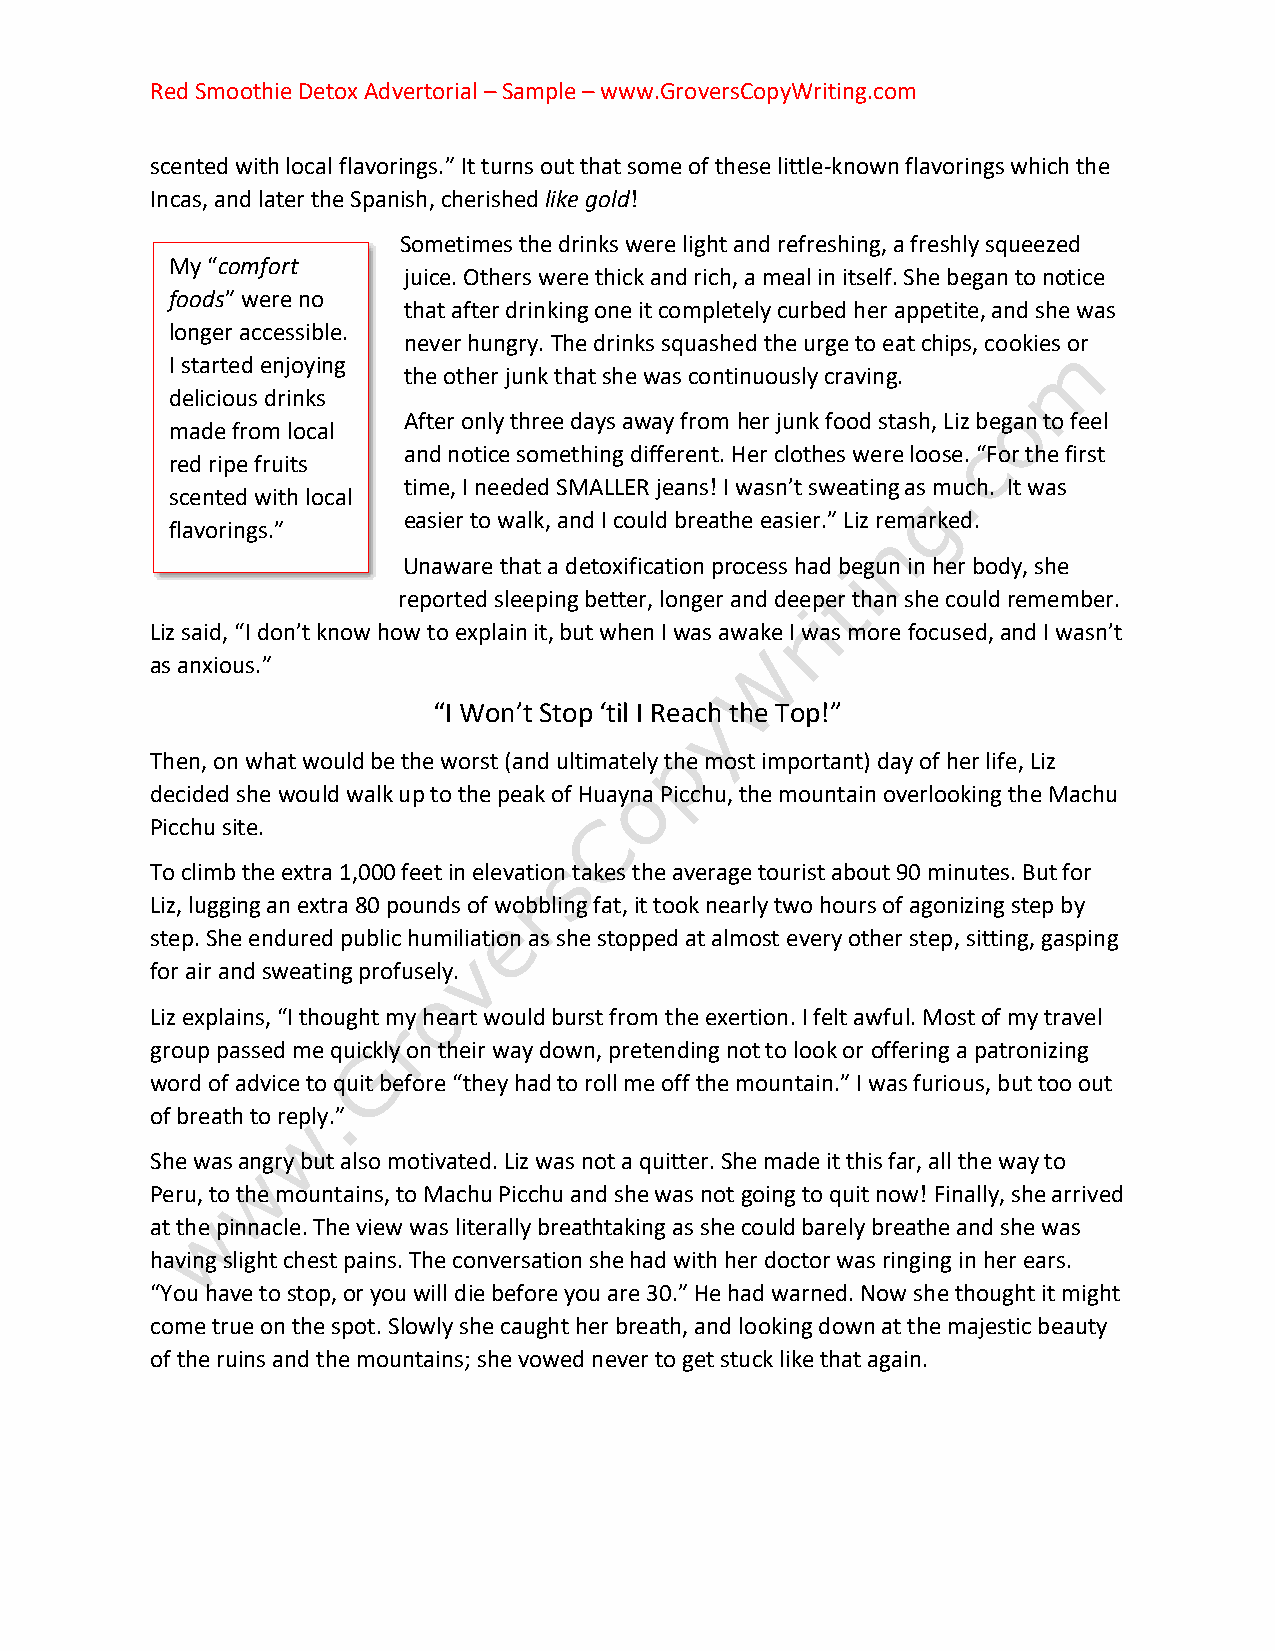
Red Smoothie Detox Advertorial – Sample – www.GroversCopyWriting.com
 scented with local flavorings.” It turns out that some of these little-known flavorings which the
 Incas, and later the Spanish, cherished like gold!
 Sometimes the drinks were light and refreshing, a freshly squeezed
 My “comfort
 juice. Others were thick and rich, a meal in itself. She began to notice
 foods” were no
 that after drinking one it completely curbed her appetite, and she was
 longer accessible.
 never hungry. The drinks squashed the urge to eat chips, cookies or
 I started enjoying
 the other junk that she was continuously craving.
 delicious drinks
 After only three days away from her junk food stash, Liz began to feel
 made from local
 and notice something different. Her clothes were loose. “For the first
 red ripe fruits
 time, I needed SMALLER jeans! I wasn’t sweating as much. It was
 scented with local
 easier to walk, and I could breathe easier.” Liz remarked.
 flavorings.”
 Unaware that a detoxification process had begun in her body, she
 reported sleeping better, longer and deeper than she could remember.
 Liz said, “I don’t know how to explain it, but when I was awake I was more focused, and I wasn’t
 as anxious.”
 “I Won’t Stop ‘til I Reach the Top!”
 Then, on what would be the worst (and ultimately the most important) day of her life, Liz
 decided she would walk up to the peak of Huayna Picchu, the mountain overlooking the Machu
 Picchu site.
 To climb the extra 1,000 feet in elevation takes the average tourist about 90 minutes. But for
 Liz, lugging an extra 80 pounds of wobbling fat, it took nearly two hours of agonizing step by
 step. She endured public humiliation as she stopped at almost every other step, sitting, gasping
 for air and sweating profusely.
 Liz explains, “I thought my heart would burst from the exertion. I felt awful. Most of my travel
 group passed me quickly on their way down, pretending not to look or offering a patronizing
 word of advice to quit before “they had to roll me off the mountain.” I was furious, but too out
 of breath to reply.”
 She was angry but also motivated. Liz was not a quitter. She made it this far, all the way to
 Peru, to the mountains, to Machu Picchu and she was not going to quit now! Finally, she arrived
 at the pinnacle. The view was literally breathtaking as she could barely breathe and she was
 having slight chest pains. The conversation she had with her doctor was ringing in her ears.
 “You have to stop, or you will die before you are 30.” He had warned. Now she thought it might
 come true on the spot. Slowly she caught her breath, and looking down at the majestic beauty
 of the ruins and the mountains; she vowed never to get stuck like that again.